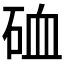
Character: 𥒌